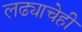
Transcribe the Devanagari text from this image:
लढ्याचेही